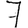
Digit: 7